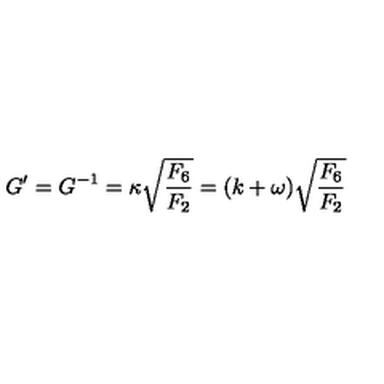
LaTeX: G ^ { \prime } = G ^ { - 1 } = \kappa \sqrt { { \frac { F _ { 6 } } { F _ { 2 } } } } = ( k + \omega ) \sqrt { { \frac { F _ { 6 } } { F _ { 2 } } } }